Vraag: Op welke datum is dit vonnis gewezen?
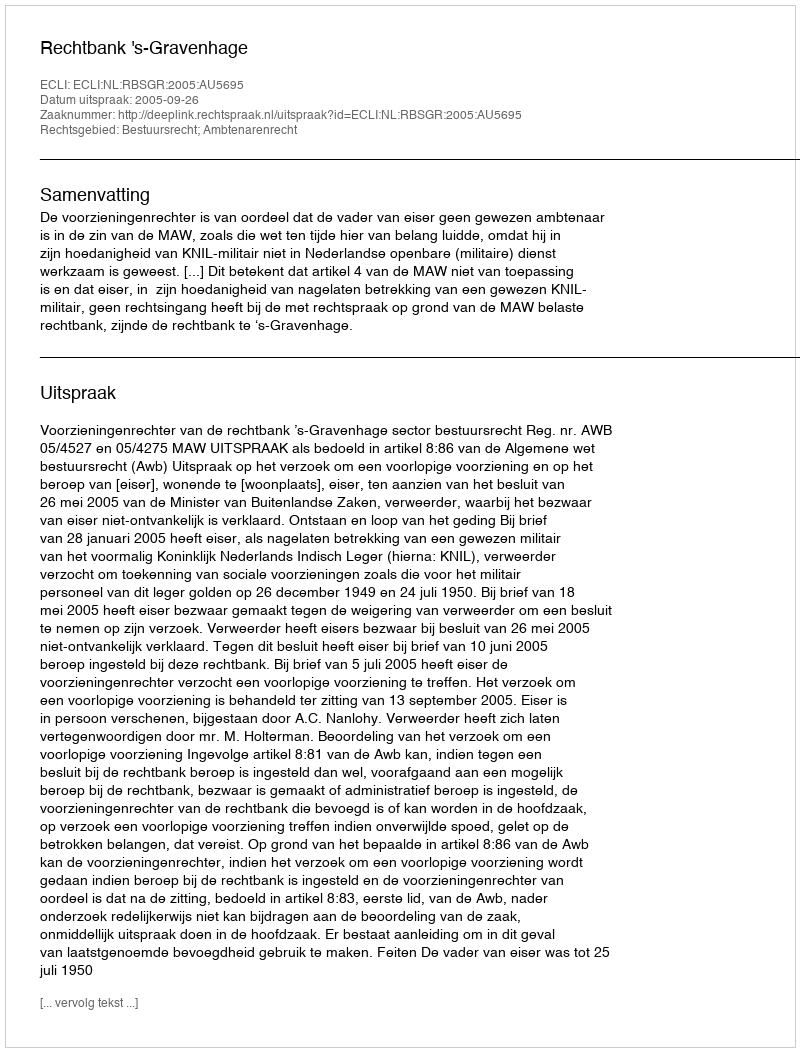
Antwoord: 2005-09-26